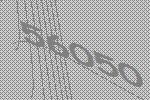
56050